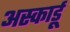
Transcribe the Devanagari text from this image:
अस्कार्डू